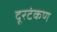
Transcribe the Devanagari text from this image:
दूरटंकण